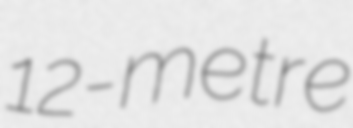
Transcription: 12-metre